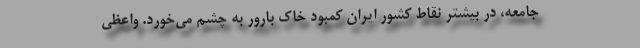
جامعه، در بیشتر نقاط کشور ایران کمبود خاک بارور به چشم می‌خورد. واعظی